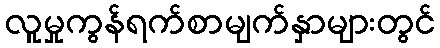
လူမှုကွန်ရက်စာမျက်နှာများတွင်